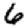
Digit: 6